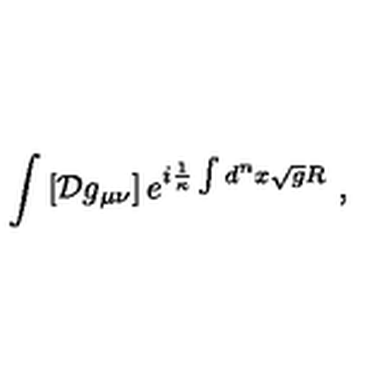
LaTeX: \int \left[ { \cal D } g _ { \mu \nu } \right] e ^ { i \frac { 1 } { \kappa } \int d ^ { n } x \sqrt { g } R } \ ,